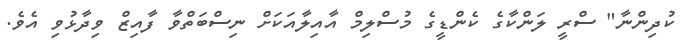
ކުދިންނާ" ސްރީ ލަންކާގެ ކެންޑީގެ މުސްލިމް އާއިލާއަކަށް ނިސްބަތްވާ ފާއިޒް ވިދާޅުވި އެވެ.